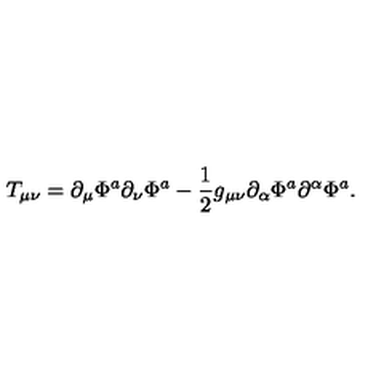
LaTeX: T _ { \mu \nu } = \partial _ { \mu } \Phi ^ { a } \partial _ { \nu } \Phi ^ { a } - { \frac { 1 } { 2 } } g _ { \mu \nu } \partial _ { \alpha } \Phi ^ { a } \partial ^ { \alpha } \Phi ^ { a } .